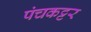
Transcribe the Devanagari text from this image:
पंचकट्टर